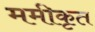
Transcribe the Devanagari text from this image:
ममीकृत